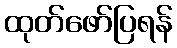
ထုတ်ဖော်ပြရန်